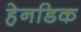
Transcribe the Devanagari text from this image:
हेनडिक